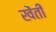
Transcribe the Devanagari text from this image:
खेंती